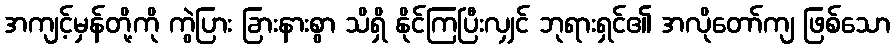
အကျင့်မှန်တို့ကို ကွဲပြား ခြားနားစွာ သိရှိ နိုင်ကြပြီးလျှင် ဘုရားရှင်၏ အလိုတော်ကျ ဖြစ်သော